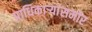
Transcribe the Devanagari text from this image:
प्राधिकाऱ्यांसमोर